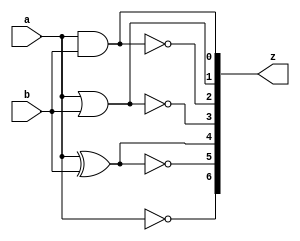
//VERILOG-ALL-MODELS
//Basic Gates Implementation Using All Abstraction Levels


//gate level

`timescale 1ns / 1ps

module basicGates_gatelevel(a,b,z);
input a,b;
output [6:0]z;

  and g1(z[0],a,b); //and Logic
  or g2(z[1],a,b); //or Logic
  nand g3(z[2],a,b); //nand Logic
  nor g4(z[3],a,b); //nor Logic
  xor g5(z[4],a,b); //xor Logic
  xnor g6(z[5],a,b); //xnor Logic
  not g7(z[6],a); //not Logic

endmodule